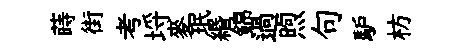
蒔街考埓麥珉緡錦過煦句馿枋